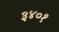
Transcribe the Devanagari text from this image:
३४०१